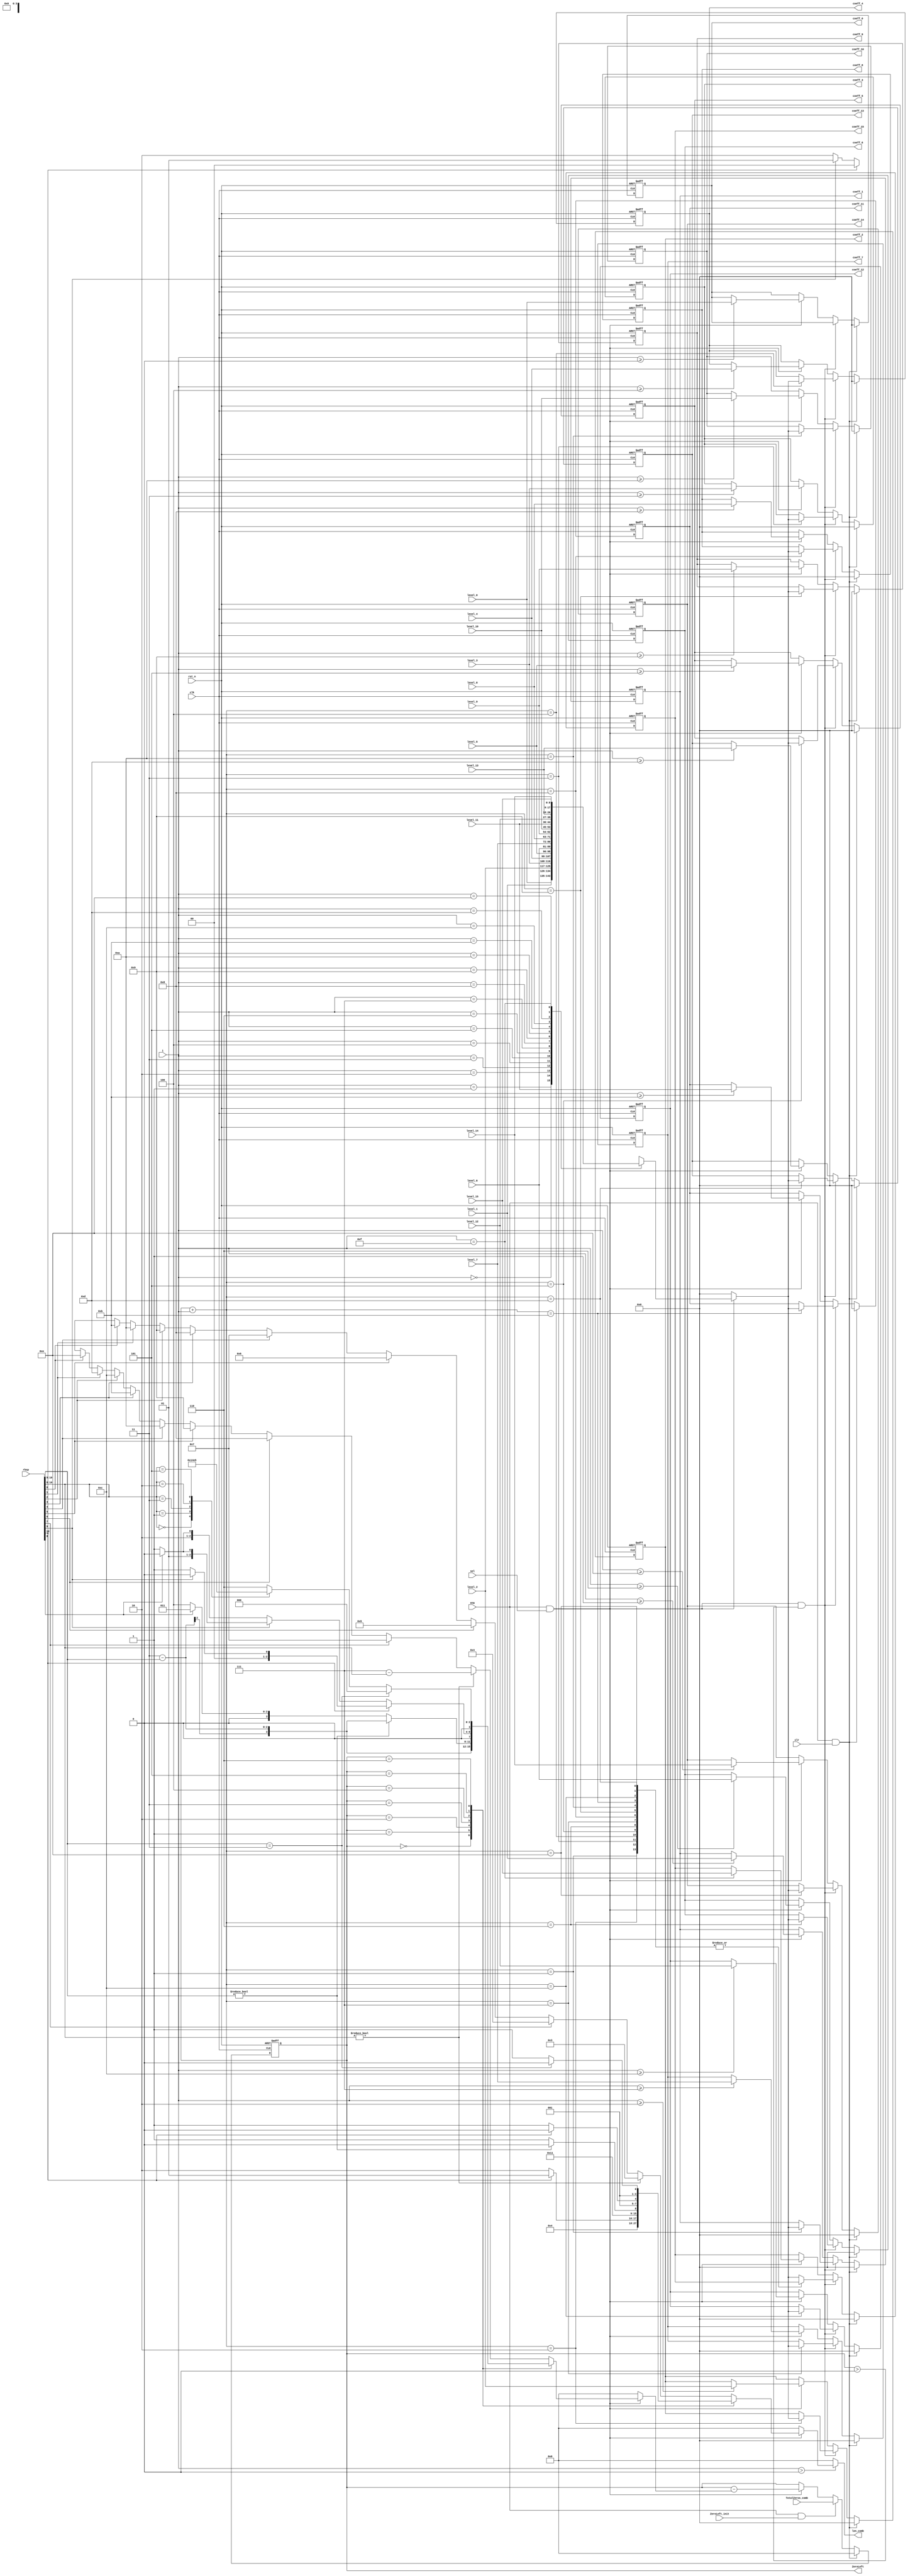
//////////////////////////////////////////////////////////////////////
////                                                              ////
////  cavlc_read_run_befores                                      ////
////                                                              ////
////  Description                                                 ////
////       decode runs and combine them with levels               ////
////                                                              ////
////  Author(s):                                                  ////
////      - bin qiu, qiubin@opencores.org                         ////
////                                                              ////
//////////////////////////////////////////////////////////////////////
////                                                              ////
//// Copyright (C) 2011 Authors and OPENCORES.ORG                 ////
////                                                              ////
//// This source file may be used and distributed without         ////
//// restriction provided that this copyright statement is not    ////
//// removed from the file and that any derivative work contains  ////
//// the original copyright notice and the associated disclaimer. ////
////                                                              ////
//// This source file is free software; you can redistribute it   ////
//// and/or modify it under the terms of the GNU Lesser General   ////
//// Public License as published by the Free Software Foundation; ////
//// either version 2.1 of the License, or (at your option) any   ////
//// later version.                                               ////
////                                                              ////
//// This source is distributed in the hope that it will be       ////
//// useful, but WITHOUT ANY WARRANTY; without even the implied   ////
//// warranty of MERCHANTABILITY or FITNESS FOR A PARTICULAR      ////
//// PURPOSE.  See the GNU Lesser General Public License for more ////
//// details.                                                     ////
////                                                              ////
//// You should have received a copy of the GNU Lesser General    ////
//// Public License along with this source; if not, download it   ////
//// from http://www.opencores.org/lgpl.shtml                     ////
////                                                              ////
//////////////////////////////////////////////////////////////////////

//2011-8-16 initiial revision


module cavlc_read_run_befores
(
    clk,
    rst_n,
    ena,
    sel,
    clr,
    ZeroLeft_init,
    
    rbsp,
    i,
    TotalZeros_comb,
    
    level_0,
    level_1,
    level_2,
    level_3,
    level_4,
    level_5,
    level_6,
    level_7,
    level_8,
    level_9,
    level_10,
    level_11,
    level_12,
    level_13,
    level_14,
    level_15,
        
    coeff_0,
    coeff_1,
    coeff_2,
    coeff_3,
    coeff_4,
    coeff_5,
    coeff_6,
    coeff_7,
    coeff_8,
    coeff_9,
    coeff_10,
    coeff_11,
    coeff_12,
    coeff_13,
    coeff_14,
    coeff_15,
    ZeroLeft,
    len_comb
);  
//----------------------
//ports
//----------------------
input   clk;
input   rst_n;
input   ena;
input   sel;
input   clr;
input   ZeroLeft_init;

input   [0:10]  rbsp;
input   [3:0]   i;          //range from TotalCoeff-1 to 0
input   [3:0]   TotalZeros_comb;

input   [8:0]   level_0;
input   [8:0]   level_1;
input   [8:0]   level_2;
input   [8:0]   level_3;
input   [8:0]   level_4;
input   [8:0]   level_5;
input   [8:0]   level_6;
input   [8:0]   level_7;
input   [8:0]   level_8;
input   [8:0]   level_9;
input   [8:0]   level_10;
input   [8:0]   level_11;
input   [8:0]   level_12;
input   [8:0]   level_13;
input   [8:0]   level_14;
input   [8:0]   level_15;

output  [8:0]   coeff_0;
output  [8:0]   coeff_1;
output  [8:0]   coeff_2;
output  [8:0]   coeff_3;
output  [8:0]   coeff_4;
output  [8:0]   coeff_5;
output  [8:0]   coeff_6;
output  [8:0]   coeff_7;
output  [8:0]   coeff_8;
output  [8:0]   coeff_9;
output  [8:0]   coeff_10;
output  [8:0]   coeff_11;
output  [8:0]   coeff_12;
output  [8:0]   coeff_13;
output  [8:0]   coeff_14;
output  [8:0]   coeff_15;

output  [3:0]   ZeroLeft;

output  [3:0]   len_comb;

//----------------------
//regs
//----------------------
reg     [3:0]   run;
reg     [3:0]   len;
reg     [8:0]   coeff;


reg     [3:0]   len_comb;

//----------------------
//FFs
//----------------------
reg     [3:0]   ZeroLeft;

reg     [8:0]   coeff_0;
reg     [8:0]   coeff_1;
reg     [8:0]   coeff_2;
reg     [8:0]   coeff_3;
reg     [8:0]   coeff_4;
reg     [8:0]   coeff_5;
reg     [8:0]   coeff_6;
reg     [8:0]   coeff_7;
reg     [8:0]   coeff_8;
reg     [8:0]   coeff_9;
reg     [8:0]   coeff_10;
reg     [8:0]   coeff_11;
reg     [8:0]   coeff_12;
reg     [8:0]   coeff_13;
reg     [8:0]   coeff_14;
reg     [8:0]   coeff_15;

//----------------------
//run & len
//----------------------
always @(rbsp or ZeroLeft or ena or sel)
if (ena && sel)
case(ZeroLeft)
    0 : begin len <= 0; run <= 0; end
    1 : begin len <= 1; run <= rbsp[0]? 0:1; end
    2 : begin if (rbsp[0]) begin
            run <= 0;
            len <= 1;
        end
        else if (rbsp[1]) begin
            run <= 1;
            len <= 2;
        end 
        else begin
            run <= 2;
            len <= 2;
        end
    end
    3 : begin
        run <= 3 - rbsp[0:1];
        len <= 2;
    end
    4 : begin
        if (rbsp[0:1] != 0) begin
            run <= 3 - rbsp[0:1];
            len <= 2;
        end
        else begin
            run <= rbsp[2]? 3:4;
            len <= 3;
        end
    end
    5 : begin
        if (rbsp[0]) begin
            run <= rbsp[1]? 0:1;
            len <= 2;
        end
        else if (rbsp[1]) begin
            run <= rbsp[2]? 2:3;
            len <= 3;
        end     
        else begin
            run <= rbsp[2]? 4:5;
            len <= 3;       
        end
    end
    6 : begin
        if (rbsp[0:1] == 2'b11) begin
            run <= 0;
            len <= 2;
        end
        else begin
            len <= 3;
            case(rbsp[0:2])
                3'b000 : run <= 1;
                3'b001 : run <= 2;
                3'b011 : run <= 3;
                3'b010 : run <= 4;
                3'b101 : run <= 5;
                default: run <= 6;
            endcase
        end     
    end
    default : begin
        if (rbsp[0:2] != 0) begin
            run <= 7 - rbsp[0:2];
            len <= 3;
        end
        else begin
            case (1'b1)
                rbsp[3] : begin run <= 7;   len <= 4; end
                rbsp[4] : begin run <= 8;   len <= 5; end
                rbsp[5] : begin run <= 9;   len <= 6; end
                rbsp[6] : begin run <= 10;  len <= 7; end
                rbsp[7] : begin run <= 11;  len <= 8; end
                rbsp[8] : begin run <= 12;  len <= 9; end
                rbsp[9] : begin run <= 13;  len <= 10;end
                rbsp[10]: begin run <= 14;  len <= 11;end
                default : begin run <= 'bx; len <='bx;end
            endcase
        end
    end
endcase
else begin
    len <= 0;
    run <= 0;
end

//----------------------
//len_comb
//----------------------
always @(*)
if (i >  0)
    len_comb <= len;
else
    len_comb <= 0;
    
    
//----------------------
//ZeroLeft
//----------------------
always @(posedge clk or negedge rst_n)
if (!rst_n)
    ZeroLeft <= 0;
else if (ena && clr)    //in case TotalCoeff >= max_coeff_num
    ZeroLeft <= 0;
else if (ena && ZeroLeft_init)
    ZeroLeft <= TotalZeros_comb;
else if (ena && sel )//if ZeroLeft == 0, run will be 0
    ZeroLeft <= ZeroLeft - run; 
        
//----------------------
//coeff
//----------------------
always @(*)
if (ena && sel)
case (i)
    0 :coeff <= level_0;
    1 :coeff <= level_1;
    2 :coeff <= level_2;
    3 :coeff <= level_3;
    4 :coeff <= level_4;
    5 :coeff <= level_5;    
    6 :coeff <= level_6;
    7 :coeff <= level_7;
    8 :coeff <= level_8;
    9 :coeff <= level_9;
    10:coeff <= level_10;
    11:coeff <= level_11;       
    12:coeff <= level_12;
    13:coeff <= level_13;
    14:coeff <= level_14;
    15:coeff <= level_15;
endcase
else
    coeff <= 0;

//----------------------
//coeff_0 to coeff_15
//----------------------
always @(posedge clk or negedge rst_n)
if (!rst_n) begin
    coeff_0 <= 0;   coeff_1 <= 0;   coeff_2 <= 0;   coeff_3 <= 0;
    coeff_4 <= 0;   coeff_5 <= 0;   coeff_6 <= 0;   coeff_7 <= 0;
    coeff_8 <= 0;   coeff_9 <= 0;   coeff_10<= 0;   coeff_11<= 0;
    coeff_12<= 0;   coeff_13<= 0;   coeff_14<= 0;   coeff_15<= 0;
end
else if (ena && clr) begin
    coeff_0 <= 0;   coeff_1 <= 0;   coeff_2 <= 0;   coeff_3 <= 0;
    coeff_4 <= 0;   coeff_5 <= 0;   coeff_6 <= 0;   coeff_7 <= 0;
    coeff_8 <= 0;   coeff_9 <= 0;   coeff_10<= 0;   coeff_11<= 0;
    coeff_12<= 0;   coeff_13<= 0;   coeff_14<= 0;   coeff_15<= 0;
end
else if (ena && sel && ZeroLeft > 0)
case (ZeroLeft+i)
    1 :coeff_1  <= coeff;
    2 :coeff_2  <= coeff;
    3 :coeff_3  <= coeff;
    4 :coeff_4  <= coeff;
    5 :coeff_5  <= coeff;
    6 :coeff_6  <= coeff;
    7 :coeff_7  <= coeff;
    8 :coeff_8  <= coeff;
    9 :coeff_9  <= coeff;
    10:coeff_10 <= coeff;
    11:coeff_11 <= coeff;
    12:coeff_12 <= coeff;
    13:coeff_13 <= coeff;
    14:coeff_14 <= coeff;
    default:
    coeff_15    <= coeff;
endcase
else if (ena && sel) begin
    if (i >= 0) coeff_0  <= level_0;
    if (i >= 1) coeff_1  <= level_1;
    if (i >= 2) coeff_2  <= level_2;
    if (i >= 3) coeff_3  <= level_3;
    if (i >= 4) coeff_4  <= level_4;
    if (i >= 5) coeff_5  <= level_5;
    if (i >= 6) coeff_6  <= level_6;
    if (i >= 7) coeff_7  <= level_7;
    if (i >= 8) coeff_8  <= level_8;
    if (i >= 9) coeff_9  <= level_9;
    if (i >= 10)coeff_10 <= level_10;
    if (i >= 11)coeff_11 <= level_11;
    if (i >= 12)coeff_12 <= level_12;
    if (i >= 13)coeff_13 <= level_13;
    if (i >= 14)coeff_14 <= level_14;
    if (i == 15)coeff_15 <= level_15;
end
endmodule